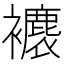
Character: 𧞱